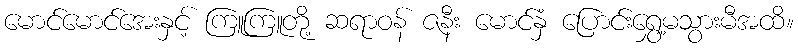
မောင်မောင်အေးနှင့် ကြူကြူတို့ ဆရာဝန် ဇနီး မောင်နှံ ပြောင်းရွှေ့မသွားမီအထိ။